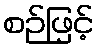
စဉ်ဖြင့်